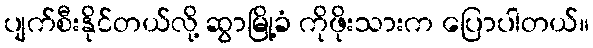
ပျက်စီးနိုင်တယ်လို့ ဆွာမြို့ခံ ကိုဖိုးသားက ပြောပါတယ်။